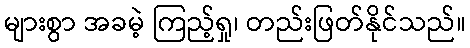
များစွာ အခမဲ့ ကြည့်ရှု၊ တည်းဖြတ်နိုင်သည်။